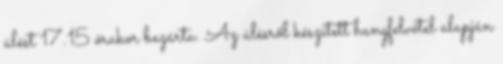
ülést 17.15 órakor bezárta. Az ülésről készített hangfelvétel alapján